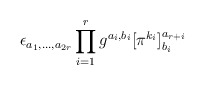
\begin{align*}\epsilon_{a_1,\ldots,a_{2r}}\prod_{i=1}^r g^{a_i,b_i}[\pi^{k_i}]_{b_i}^{a_{r+i}}\end{align*}